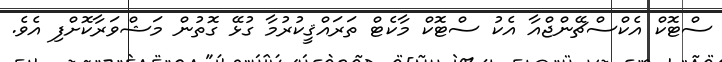
ސްޓޮކް އެކްސްޗޭންޖްއާ އެކު ސްޓޮކް މާކެޓް ތަރައްޤީކުރުމާ ގުޅޭ ގޮތުން މަޝްވަރާކޮށްފި އެވެ.